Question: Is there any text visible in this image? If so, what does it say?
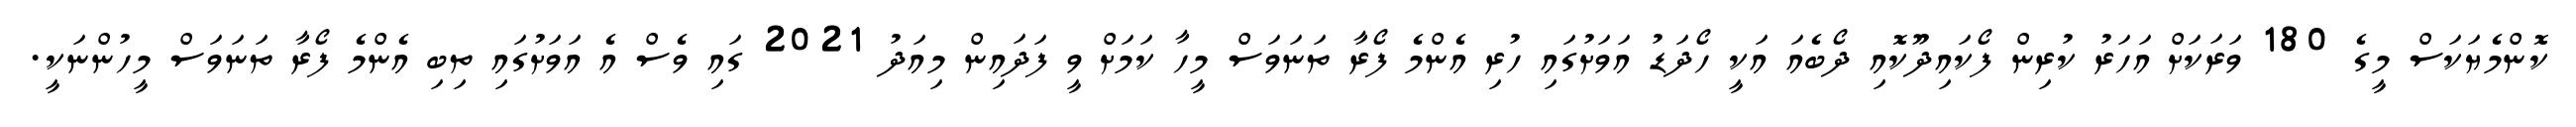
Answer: ކޮންމެޔަކަސް މީގެ 180 ވަރަކަށް އަހަރު ކުރިން ފޯކައިދޫކޮއި ދޯބެއަ އަކީ ހޯދަޑު އަވަށުގައި ހުރި އެންމެ ފޯރާ ތަނަވަސް މީހާ ކަމަށް ވީ ފަދައިން މިއަދު 2021 ގައި ވެސް އެ އަވަށުގައި ތިބި އެންމެ ފޯރާ ތަނަވަސް މީހުންނަކީ.